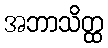
အဘာသိတ္ထ